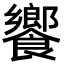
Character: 饗